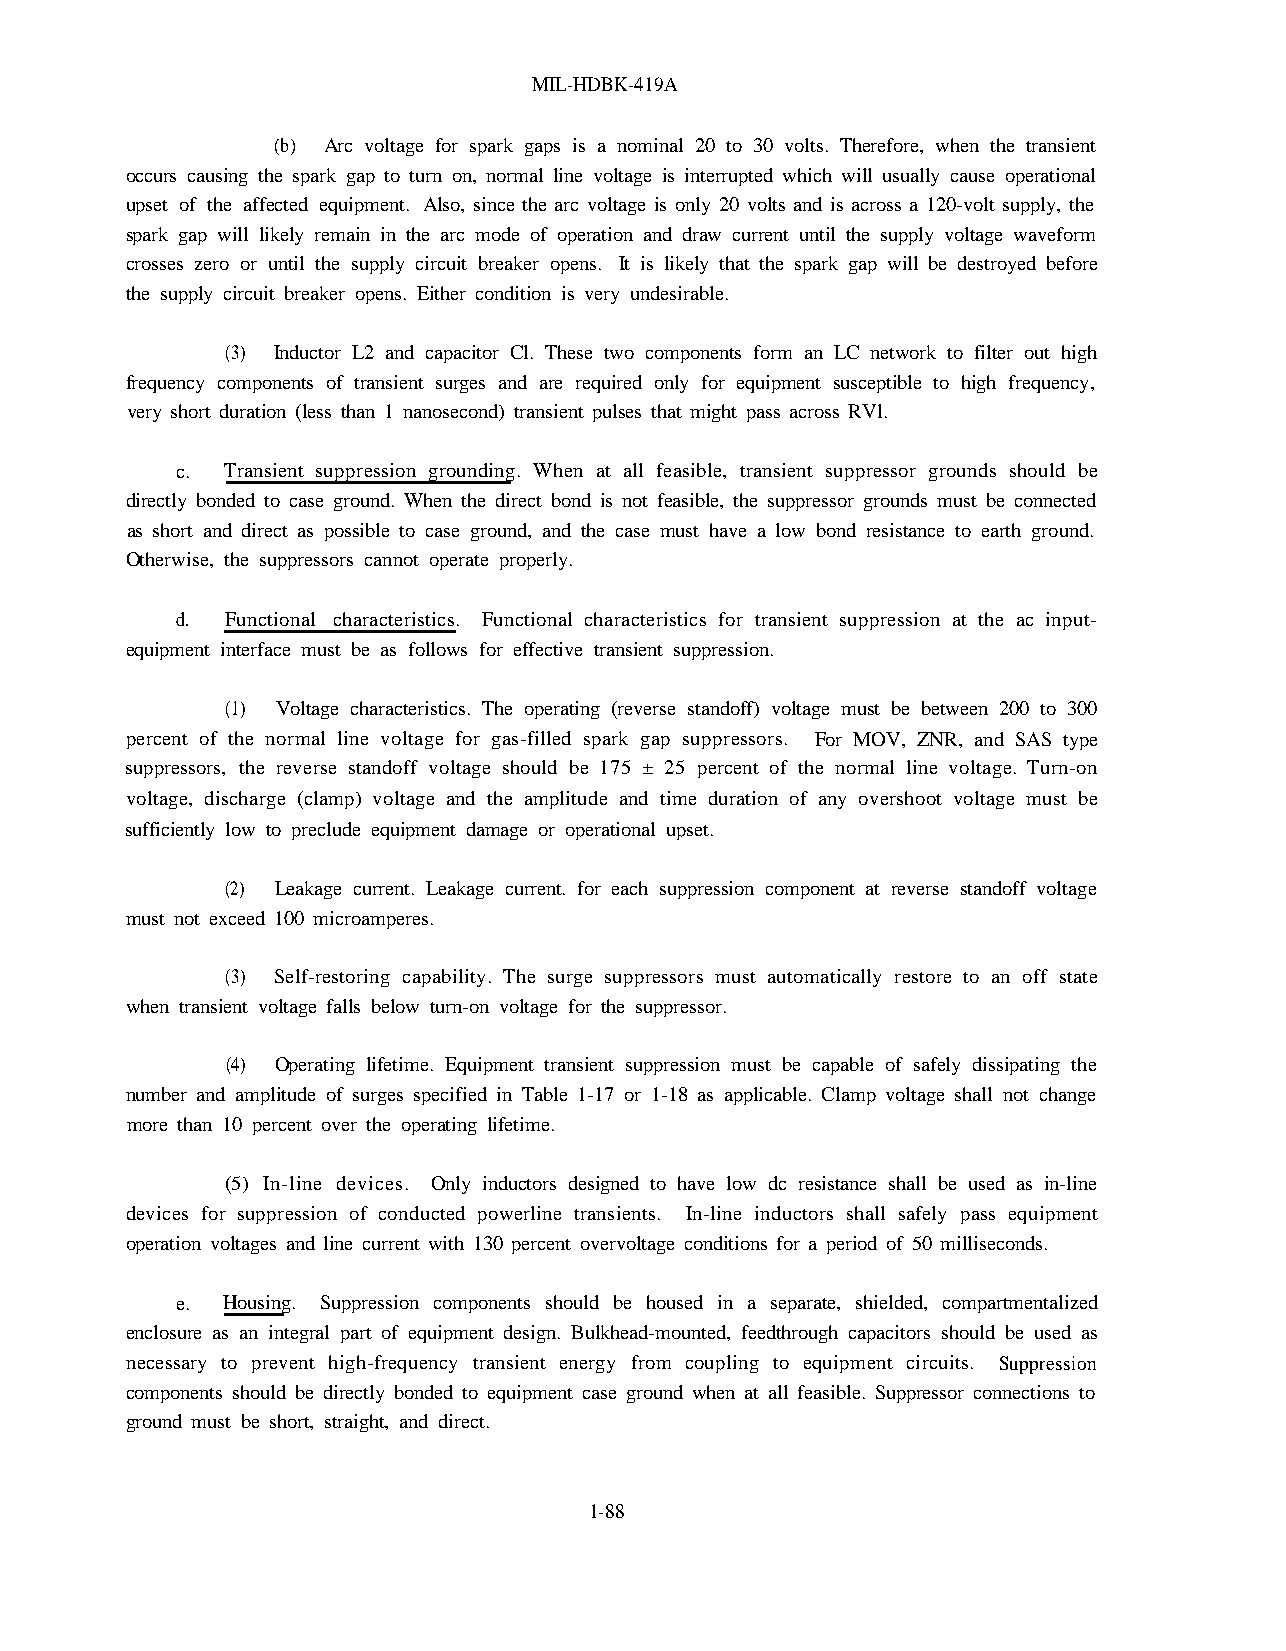
MIL-HDBK-419A
 (b) Arc voltage for spark gaps is a nominal 20 to 30 volts. Therefore, when the transient
 occurs causing the spark gap to turn on, normal line voltage is interrupted which will usually cause operational
 upset of the affected equipment. Also, since the arc voltage is only 20 volts and is across a 120-volt supply, the
 spark gap will likely remain in the arc mode of operation and draw current until the supply voltage waveform
 crosses zero or until the supply circuit breaker opens. It is likely that the spark gap will be destroyed before
 the supply circuit breaker opens. Either condition is very undesirable.
 (3) Inductor L2 and capacitor Cl. These two components form an LC network to filter out high
 frequency components of transient surges and are required only for equipment susceptible to high frequency,
 very short duration (less than 1 nanosecond) transient pulses that might pass across RVl.
 c. Transient suppression grounding. When at all feasible, transient suppressor grounds should be
 directly bonded to case ground. When the direct bond is not feasible, the suppressor grounds must be connected
 as short and direct as possible to case ground, and the case must have a low bond resistance to earth ground.
 Otherwise, the suppressors cannot operate properly.
 d. Functional characteristics. Functional characteristics for transient suppression at the ac input-
 equipment interface must be as follows for effective transient suppression.
 (1) Voltage characteristics. The operating (reverse standoff) voltage must be between 200 to 300
 percent of the normal line voltage for gas-filled spark gap suppressors. For MOV, ZNR, and SAS type
 suppressors, the reverse standoff voltage should be 175 ± 25 percent of the normal line voltage. Turn-on
 voltage, discharge (clamp) voltage and the amplitude and time duration of any overshoot voltage must be
 sufficiently low to preclude equipment damage or operational upset.
 (2) Leakage current. Leakage current. for each suppression component at reverse standoff voltage
 must not exceed 100 microamperes.
 (3) Self-restoring capability. The surge suppressors must automatically restore to an off state
 when transient voltage falls below turn-on voltage for the suppressor.
 (4) Operating lifetime. Equipment transient suppression must be capable of safely dissipating the
 number and amplitude of surges specified in Table 1-17 or 1-18 as applicable. Clamp voltage shall not change
 more than 10 percent over the operating lifetime.
 (5) In-line devices. Only inductors designed to have low dc resistance shall be used as in-line
 devices for suppression of conducted powerline transients. In-line inductors shall safely pass equipment
 operation voltages and line current with 130 percent overvoltage conditions for a period of 50 milliseconds.
 e. Housing. Suppression components should be housed in a separate, shielded, compartmentalized
 enclosure as an integral part of equipment design. Bulkhead-mounted, feedthrough capacitors should be used as
 necessary to prevent high-frequency transient energy from coupling to equipment circuits. Suppression
 components should be directly bonded to equipment case ground when at all feasible. Suppressor connections to
 ground must be short, straight, and direct.
 1-88